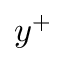
y ^ { + }